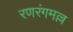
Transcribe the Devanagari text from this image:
रणरंगमल्ल